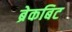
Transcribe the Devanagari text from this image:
ब्रेकबिट